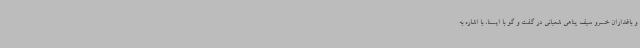
و باغداران خسرو سیف پناهی شعبانی در گفت و گو با ایسنا، با اشاره به